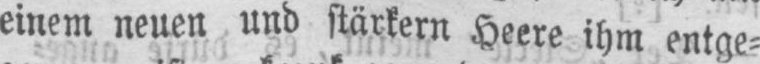
einem neuen und stärkern Heere ihm entge⸗